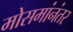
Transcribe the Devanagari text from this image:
मोसमांनंतर